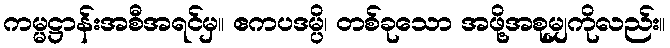
ကမ္မဋ္ဌာန်းအစီအရင်မှ။ ဧကပဒမ္ပိ၊ တစ်ခုသော အဖို့အစုမျှကိုလည်း။